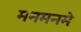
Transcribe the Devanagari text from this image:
मनमनमे